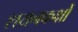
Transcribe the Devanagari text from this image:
शयनकक्षों